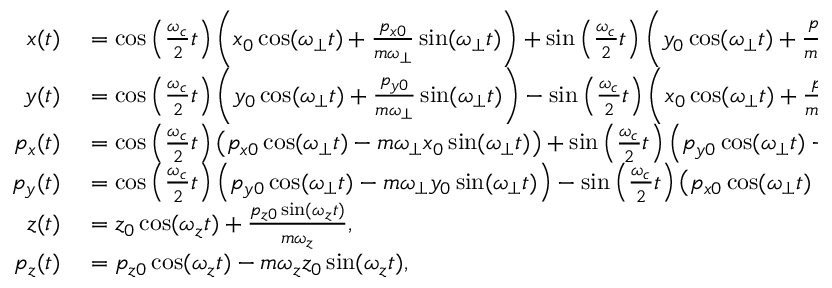
\begin{array} { r l } { x ( t ) } & { { } = \cos \left( \frac { \omega _ { c } } { 2 } t \right) \left( x _ { 0 } \cos ( \omega _ { \perp } t ) + \frac { p _ { x 0 } } { m \omega _ { \perp } } \sin ( \omega _ { \perp } t ) \right) + \sin \left( \frac { \omega _ { c } } { 2 } t \right) \left( y _ { 0 } \cos ( \omega _ { \perp } t ) + \frac { p _ { y 0 } } { m \omega _ { \perp } } \sin ( \omega _ { \perp } t ) \right) , } \\ { y ( t ) } & { { } = \cos \left( \frac { \omega _ { c } } { 2 } t \right) \left( y _ { 0 } \cos ( \omega _ { \perp } t ) + \frac { p _ { y 0 } } { m \omega _ { \perp } } \sin ( \omega _ { \perp } t ) \right) - \sin \left( \frac { \omega _ { c } } { 2 } t \right) \left( x _ { 0 } \cos ( \omega _ { \perp } t ) + \frac { p _ { x 0 } } { m \omega _ { \perp } } \sin ( \omega _ { \perp } t ) \right) , } \\ { p _ { x } ( t ) } & { { } = \cos \left( \frac { \omega _ { c } } { 2 } t \right) \left( p _ { x 0 } \cos ( \omega _ { \perp } t ) - m \omega _ { \perp } x _ { 0 } \sin ( \omega _ { \perp } t ) \right) + \sin \left( \frac { \omega _ { c } } { 2 } t \right) \left( p _ { y 0 } \cos ( \omega _ { \perp } t ) - m \omega _ { \perp } y _ { 0 } \sin ( \omega _ { \perp } t \right) , } \\ { p _ { y } ( t ) } & { { } = \cos \left( \frac { \omega _ { c } } { 2 } t \right) \left( p _ { y 0 } \cos ( \omega _ { \perp } t ) - m \omega _ { \perp } y _ { 0 } \sin ( \omega _ { \perp } t ) \right) - \sin \left( \frac { \omega _ { c } } { 2 } t \right) \left( p _ { x 0 } \cos ( \omega _ { \perp } t ) - m \omega _ { \perp } x _ { 0 } \sin ( \omega _ { \perp } t ) \right) , } \\ { z ( t ) } & { { } = z _ { 0 } \cos ( \omega _ { z } t ) + \frac { p _ { z 0 } \sin ( \omega _ { z } t ) } { m \omega _ { z } } , } \\ { p _ { z } ( t ) } & { { } = p _ { z 0 } \cos ( \omega _ { z } t ) - m \omega _ { z } z _ { 0 } \sin ( \omega _ { z } t ) , } \end{array}